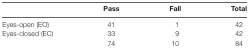
|  | Pass | Fall | Total |
 | --- | --- | --- | --- |
 | Eyes-open (EO) | 41 | 1 | 42 |
 | Eyes-closed (EC) | 33 | 9 | 42 |
 |  | 74 | 10 | 84 |